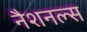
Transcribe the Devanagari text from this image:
नैशनल्स